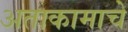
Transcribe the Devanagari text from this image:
अताकामाचे